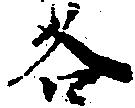
各